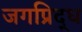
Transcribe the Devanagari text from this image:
जगप्रिद्ध